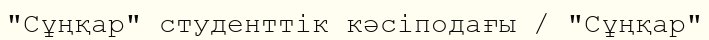
"Сұңқар" студенттік кәсіподағы / "Сұңқар"